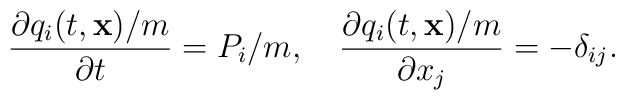
\frac{\partial{q_i(t,{\bf x})/m}}{\partial{t}}=P_i/m,\quad\frac{\partial{q_i(t,{\bf x})/m}}{\partial{x_j}}=-{\delta}_{ij}.